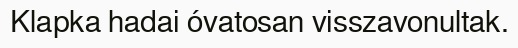
Klapka hadai óvatosan visszavonultak.